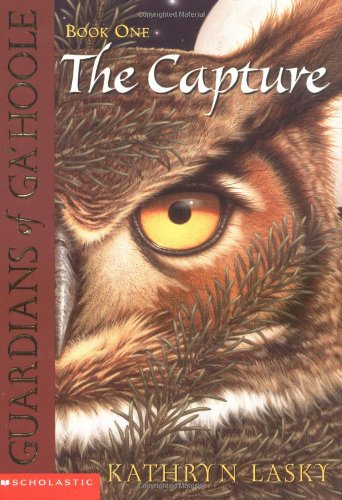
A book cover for The Capture (Guardians of Ga'hoole, Book 1); Kathryn Lasky; Children's Books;